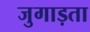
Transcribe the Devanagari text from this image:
जुगाड़ता